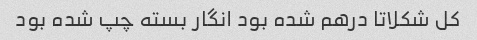
کل شکلاتا درهم شده بود انگار بسته چپ شده بود